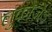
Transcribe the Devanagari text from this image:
लुकोज़ेड